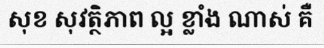
សុខ សុវត្ថិភាព ល្អ ខ្លាំង ណាស់ គឺ